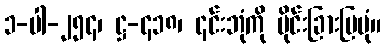
၁-ပါ-၂၅၄၊ ဋ္ဌ-၄၁၈၊ ၎င်းဘုံကို ပိုင်းခြားပြပုံ။